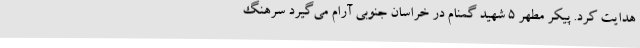
هدایت کرد. پیکر مطهر 5 شهید گمنام در خراسان جنوبی آرام می‌گیرد سرهنگ